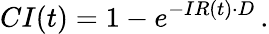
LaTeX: CI(t)=1-e^{-IR(t)\cdot D}\, .